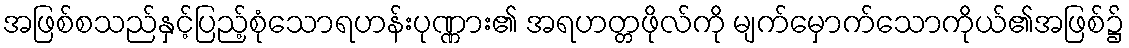
အဖြစ်စသည်နှင့်ပြည့်စုံသောရဟန်းပုဏ္ဏား၏ အရဟတ္တဖိုလ်ကို မျက်မှောက်သောကိုယ်၏အဖြစ်၌